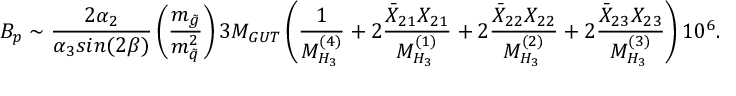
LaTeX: B _ { p } \sim \frac { 2 \alpha _ { 2 } } { \alpha _ { 3 } s i n ( 2 \beta ) } \left( \frac { m _ { \tilde { g } } } { m _ { \tilde { q } } ^ { 2 } } \right) 3 M _ { G U T } \left( \frac { 1 } { M _ { H _ { 3 } } ^ { ( 4 ) } } + 2 \frac { { \bar { X } } _ { 2 1 } X _ { 2 1 } } { M _ { H _ { 3 } } ^ { ( 1 ) } } + 2 \frac { { \bar { X } } _ { 2 2 } X _ { 2 2 } } { M _ { H _ { 3 } } ^ { ( 2 ) } } + 2 \frac { { \bar { X } } _ { 2 3 } X _ { 2 3 } } { M _ { H _ { 3 } } ^ { ( 3 ) } } \right) 1 0 ^ { 6 } .